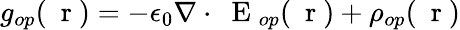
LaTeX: g_{op}(\mathrm{~\mathbf~r~})=-\epsilon_{0}\nabla\cdot\mathrm{~\mathbf~E~}_{op}(\mathrm{~\mathbf~r~})+\rho_{op}(\mathrm{~\mathbf~r~})